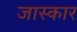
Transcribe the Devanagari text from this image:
जास्कार